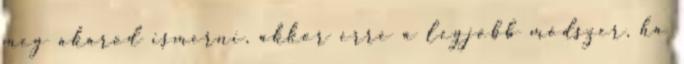
meg akarod ismerni, akkor erre a legjobb módszer, ha